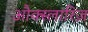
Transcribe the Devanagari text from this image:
औक्स्लारिज़